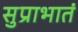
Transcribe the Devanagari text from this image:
सुप्राभातं